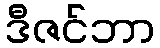
ဒီဇင်ဘာ